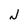
Character: J